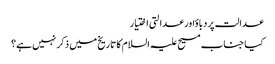
عدالت پردباؤاور عدالتی اختیار
کیا جناب مسیح علیہ السلام کا تاریخ میں ذکر نہیں ہے؟